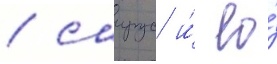
/ саирус и́ ео́